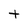
Character: t